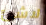
لاشئ